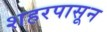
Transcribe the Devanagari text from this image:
शहरपासून